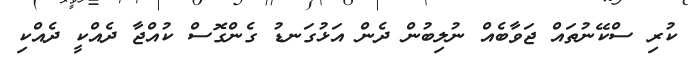
ކުރި ސްކޭނުތައް ޖަވާބެއް ނުލިބުން ދެން އަޅުގަނޑު ގެންގޮސް ކުއްޖާ ދެއްކީ ދެއްކި